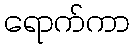
ရောက်ကာ